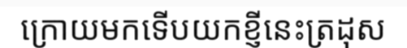
ក្រោយមកទើបយកខ្ញីនេះត្រដុស